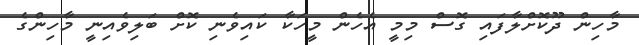
މާހިން ދޫކޮށްލާފައި ގޮސް މިމީ އެހެން މީހަކާ ކައިވެނި ކޮށް ބަލިވެއިނީ މާހިންގެ